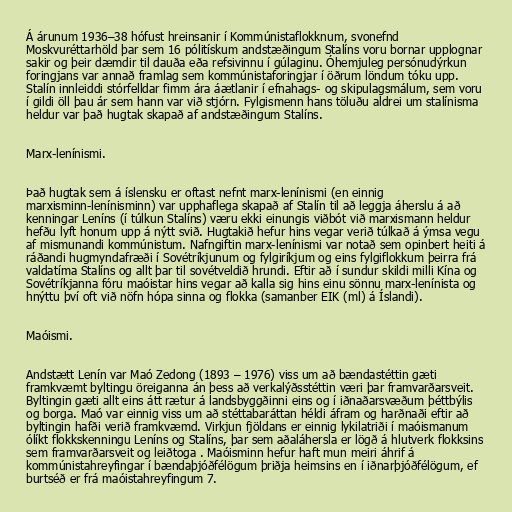
Á árunum 1936–38 hófust hreinsanir í Kommúnistaflokknum, svonefnd
Moskvuréttarhöld þar sem 16 pólitískum andstæðingum Stalíns voru bornar upplognar
sakir og þeir dæmdir til dauða eða refsivinnu í gúlaginu. Óhemjuleg persónudýrkun
foringjans var annað framlag sem kommúnistaforingjar í öðrum löndum tóku upp.
Stalín innleiddi stórfelldar fimm ára áætlanir í efnahags- og skipulagsmálum, sem voru
í gildi öll þau ár sem hann var við stjórn. Fylgismenn hans töluðu aldrei um stalínisma
heldur var það hugtak skapað af andstæðingum Stalíns.

Marx-lenínismi.

Það hugtak sem á íslensku er oftast nefnt marx-lenínismi (en einnig
marxisminn-lenínisminn) var upphaflega skapað af Stalín til að leggja áherslu á að
kenningar Leníns (í túlkun Stalíns) væru ekki einungis viðbót við marxismann heldur
hefðu lyft honum upp á nýtt svið. Hugtakið hefur hins vegar verið túlkað á ýmsa vegu
af mismunandi kommúnistum. Nafngiftin marx-lenínismi var notað sem opinbert heiti á
ráðandi hugmyndafræði í Sovétríkjunum og fylgiríkjum og eins fylgiflokkum þeirra frá
valdatíma Stalíns og allt þar til sovétveldið hrundi. Eftir að í sundur skildi milli Kína og
Sovétríkjanna fóru maóistar hins vegar að kalla sig hins einu sönnu marx-lenínista og
hnýttu því oft við nöfn hópa sinna og flokka (samanber EIK (ml) á Íslandi).

Maóismi.

Andstætt Lenín var Maó Zedong (1893 – 1976) viss um að bændastéttin gæti
framkvæmt byltingu öreiganna án þess að verkalýðsstéttin væri þar framvarðarsveit.
Byltingin gæti allt eins átt rætur á landsbyggðinni eins og í iðnaðarsvæðum þéttbýlis
og borga. Maó var einnig viss um að stéttabaráttan héldi áfram og harðnaði eftir að
byltingin hafði verið framkvæmd. Virkjun fjöldans er einnig lykilatriði í maóismanum
ólíkt flokkskenningu Leníns og Stalíns, þar sem aðaláhersla er lögð á hlutverk flokksins
sem framvarðarsveit og leiðtoga . Maóisminn hefur haft mun meiri áhrif á
kommúnistahreyfingar í bændaþjóðfélögum þriðja heimsins en í iðnarþjóðfélögum, ef
burtséð er frá maóistahreyfingum 7.